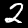
Digit: 2